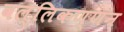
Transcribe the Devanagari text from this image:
वल्लिकण्णन